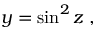
y = \sin ^ { 2 } z \; ,